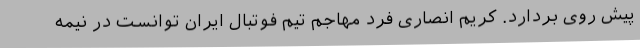
پیش روی بردارد. کریم انصاری فرد مهاجم تیم فوتبال ایران توانست در نیمه